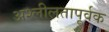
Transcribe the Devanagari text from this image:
अश्लीलतापूर्वक